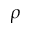
\rho